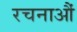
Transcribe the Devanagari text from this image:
रचनाऔं